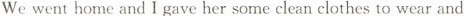
We went home and I gave her some clean clothes to wear and